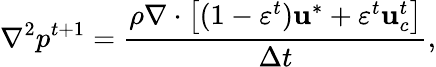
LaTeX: \nabla^{2}p^{t+1}=\frac{\rho\nabla\cdot\left[(1-\varepsilon^{t})\mathbf{u}^{*}+\varepsilon^{t}\mathbf{u}_{c}^{t}\right]}{\Delta t},